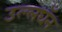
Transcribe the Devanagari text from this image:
उल्लघँन